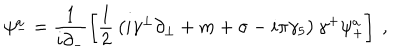
\psi _ { - } ^ { a } = \frac { 1 } { i \partial _ { - } } \left[ { \frac { 1 } { 2 } } \left( i \gamma ^ { \perp } \partial _ { \perp } + m + \sigma - i \pi \gamma _ { 5 } \right) \gamma ^ { + } \psi _ { + } ^ { a } \right] ~ ,